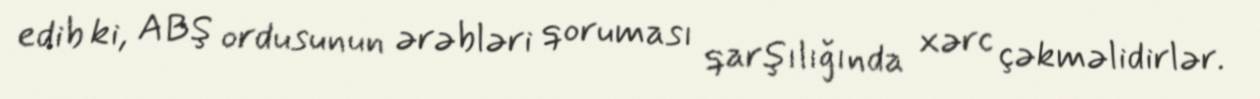
edib ki, ABŞ ordusunun ərəbləri qoruması qarşılığında xərc çəkməlidirlər.